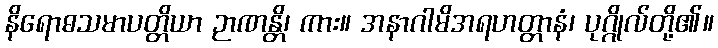
နိရောဓသမာပတ္တိယာ ဉာဏန္တိ၊ ကား။ အနာဂါမိအရဟတ္တာနံ၊ ပုဂ္ဂိုလ်တို့၏။